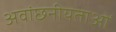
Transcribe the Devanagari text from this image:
अवांछनीयताओं